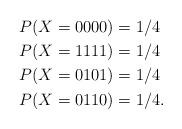
LaTeX: \begin{align*} P(X=0000) &= 1/4\\ P(X=1111) &= 1/4\\ P(X=0101) &= 1/4\\ P(X=0110) &= 1/4.\end{align*}